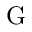
\mathrm { G }